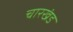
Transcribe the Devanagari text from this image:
चारखंड